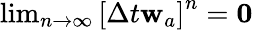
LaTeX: \begin{array}{r}{\operatorname*{lim}_{n\rightarrow{}\infty}\left[\Delta t{}\mathbf{w}_{a}\right]^{n}=\mathbf{0}}\end{array}